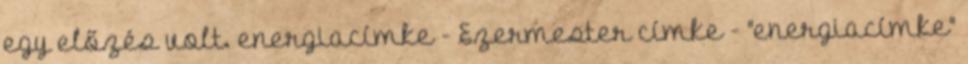
egy előzés volt. energiacímke - Ezermester címke - "energiacímke"